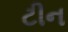
ટીન